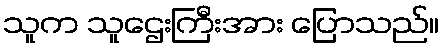
သူက သူဌေးကြီးအား ပြောသည်။